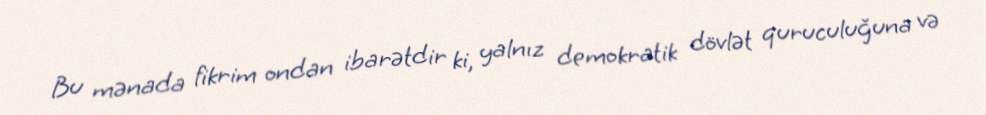
Bu mənada fikrim ondan ibarətdir ki, yalnız demokratik dövlət quruculuğuna və